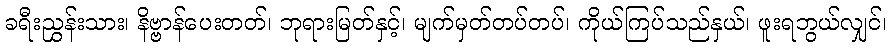
ခရီးညွှန်းသား၊ နိဗ္ဗာန်ပေးတတ်၊ ဘုရားမြတ်နှင့်၊ မျက်မှတ်တပ်တပ်၊ ကိုယ်ကြပ်သည်နှယ်၊ ဖူးရဘွယ်လျှင်၊